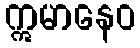
ဣမာနေဝ